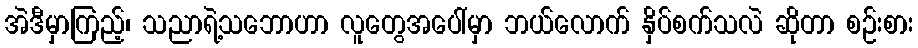
အဲဒီမှာကြည့်၊ သညာရဲ့သဘောဟာ လူတွေအပေါ်မှာ ဘယ်လောက် နှိပ်စက်သလဲ ဆိုတာ စဉ်းစား